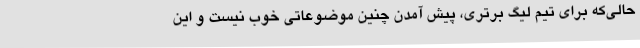
حالی‌که برای تیم لیگ برتری، پیش آمدن چنین موضوعاتی خوب نیست و این